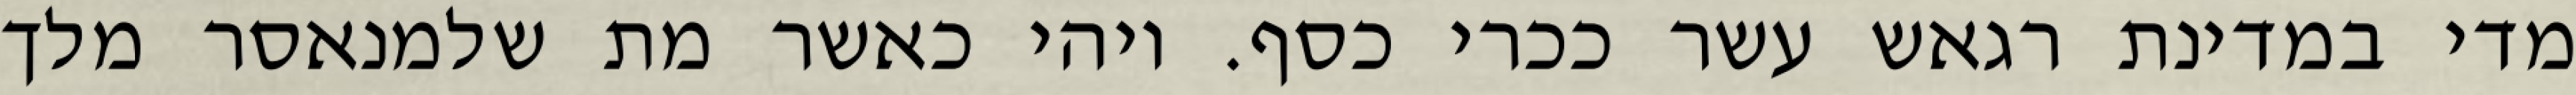
מדי במדינת רגאש עשר ככרי כסף. ויהי כאשר מת שלמנאסר מלך